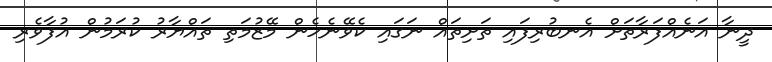
ދީނާ އަނެއްފަރާތަށް އެނބުރިފައި ތަށިތައް ނަގައި ކެވޭނެހެން މޭޒުމަތި ތައްޔާރު ކުރަމުން އުފާވެރި